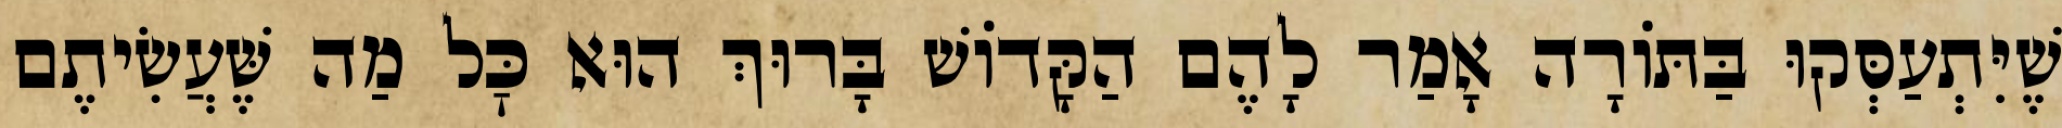
שֶׁיִּתְעַסְּקוּ בַּתּוֹרָה אָמַר לָהֶם הַקָּדוֹשׁ בָּרוּךְ הוּא כׇּל מַה שֶּׁעֲשִׂיתֶם